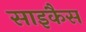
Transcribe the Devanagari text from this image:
साइकैस